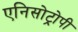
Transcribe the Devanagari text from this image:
एनिसोट्रोपी